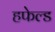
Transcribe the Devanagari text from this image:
हफेल्ड